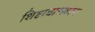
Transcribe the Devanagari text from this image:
शिष्टाचारस्वरुप